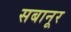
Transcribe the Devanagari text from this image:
सबानूर